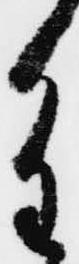
重